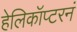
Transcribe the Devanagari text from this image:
हेलिकॉप्टरनं